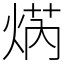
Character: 焫